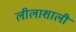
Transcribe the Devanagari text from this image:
लीलाशाली